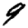
Digit: 9